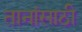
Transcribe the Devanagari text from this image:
तानांसाठी